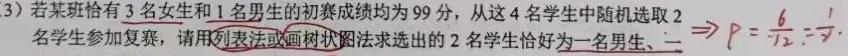
(3) 若某班恰有$3$名女生和$1$名男生的初赛成绩均为$99$分，从这$4$名学生中随机选取$2$名学生参加复赛，请用列表法或画树状图法求选出的$2$名学生恰好为一名男生、一名女生的概率. $\Rightarrow P = \frac{6}{12}=\frac{1}{2}$.